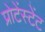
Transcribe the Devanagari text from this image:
प्रोटेंस्टेंट